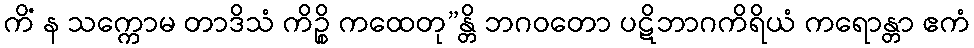
ကိံ န သက္ကောမ တာဒိသံ ကိဉ္စိ ကထေတု”န္တိ ဘဂဝတော ပဋိဘာဂကိရိယံ ကရောန္တာ ဧကံ